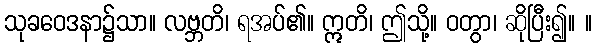
သုခဝေဒနာ၌သာ။ လဗ္ဘတိ၊ ရအပ်၏။ ဣတိ၊ ဤသို့။ ဝတွာ၊ ဆိုပြီး၍။ ။